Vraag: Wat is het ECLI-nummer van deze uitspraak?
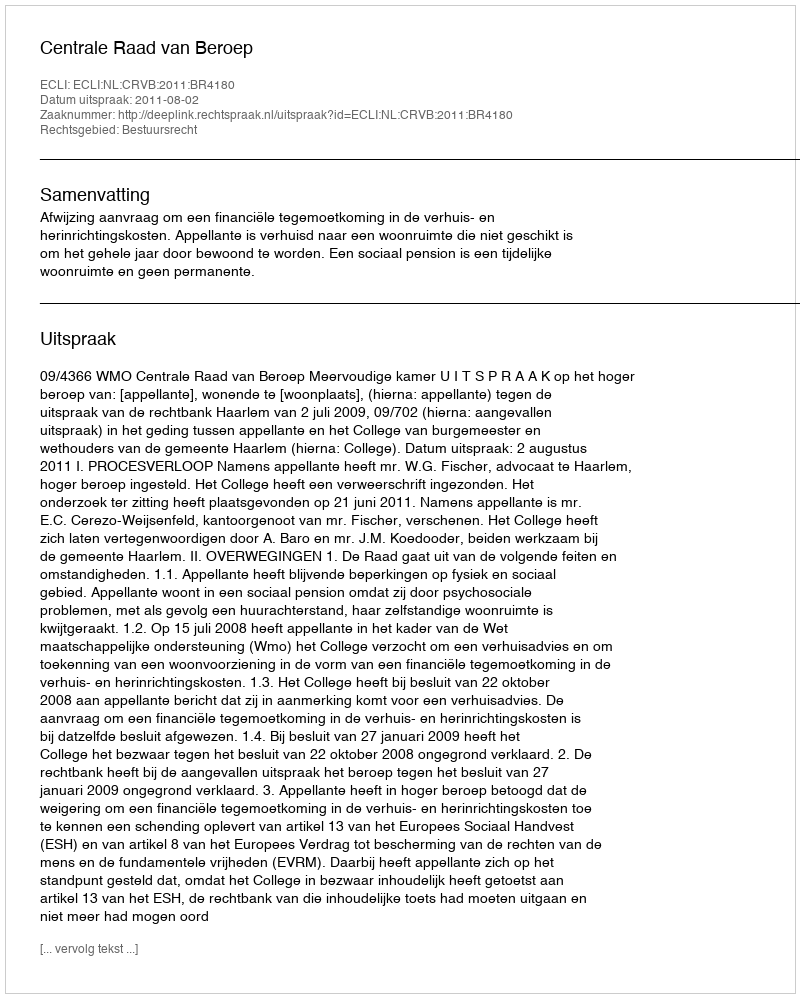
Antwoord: ECLI:NL:CRVB:2011:BR4180